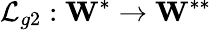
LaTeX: \mathcal{L}_{g2}:\textbf{W}^{*}\to\textbf{W}^{**}